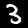
Label: 3